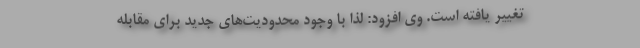
تغییر یافته است. وی افزود: لذا با وجود محدودیت‌های جدید برای مقابله